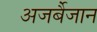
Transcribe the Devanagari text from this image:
अजर्बैजान